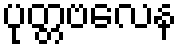
ပုတ္တဗလေန